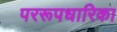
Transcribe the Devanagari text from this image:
पररूपधारिका